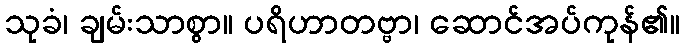
သုခံ၊ ချမ်းသာစွာ။ ပရိဟာတဗ္ဗာ၊ ဆောင်အပ်ကုန်၏။